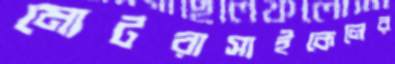
মোটরাসাইকেলের